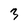
Character: 3